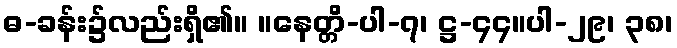
ဓ-ခန်း၌လည်းရှိ၏။ ။နေတ္တိ-ပါ-၇၊ ဋ္ဌ-၄၄။ပါ-၂၉၊ ၃၈၊